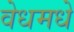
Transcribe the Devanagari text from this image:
वेधमधे